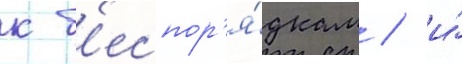
к б'еспор'я́дкам / и́